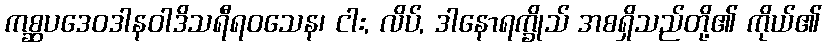
ကစ္ဆပဒေဝဒါနဝါဒိသရီရဝသေန၊ ငါး, လိပ်, ဒါနောရက္ခိုသ် အစရှိသည်တို့၏ ကိုယ်၏